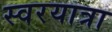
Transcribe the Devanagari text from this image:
स्वरयात्रा